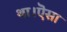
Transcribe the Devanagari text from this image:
था।ऎसा